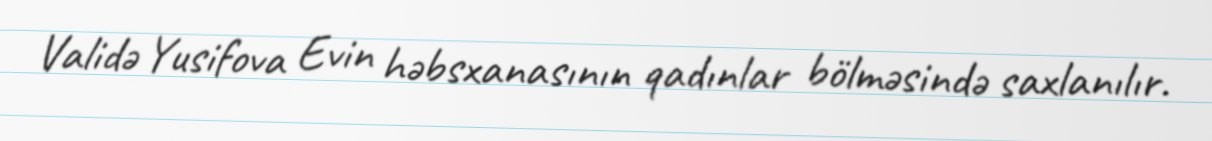
Validə Yusifova Evin həbsxanasının qadınlar bölməsində saxlanılır.